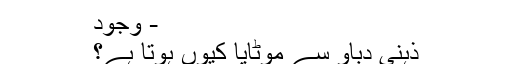
- وجود
ذہنی دباؤ سے موٹاپا کیوں ہوتا ہے؟